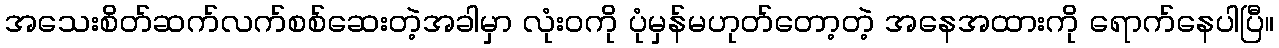
အသေးစိတ်ဆက်လက်စစ်ဆေးတဲ့အခါမှာ လုံးဝကို ပုံမှန်မဟုတ်တော့တဲ့ အနေအထားကို ရောက်နေပါပြီ။